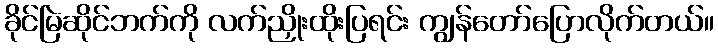
ခိုင်မြဲဆိုင်ဘက်ကို လက်ညှိုးထိုးပြရင်း ကျွန်တော်ပြောလိုက်တယ်။